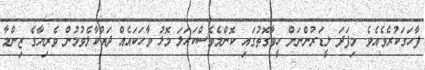
ފާހަގަކުރެވެއެވެ. މިފަދަ ލީޑަރުންނަށް ހީވާގޮތުގައި ކޮންމެވެސްކަހަލަ މޮޅު ވާހަކައެއް ދައްކާލެވުމުން ވެރިޔާގެ ޒިންމާ